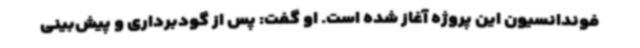
فوندانسیون این پروژه آغاز شده است. او گفت: پس از گودبرداری و پیش‌بینی